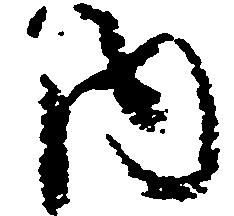
内